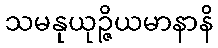
သမနုယုဉ္ဇိယမာနာနိ